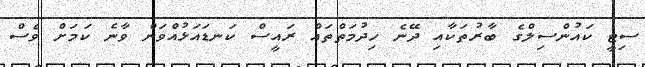
ސިޓީ ކައުންސިލްގެ ބާރުތަކާއި ދޭނެ ހިދުމަތްތައް ރައީސް ކަނޑައަޅުއްވަން ވާނެ ކަމަށް ވެސް